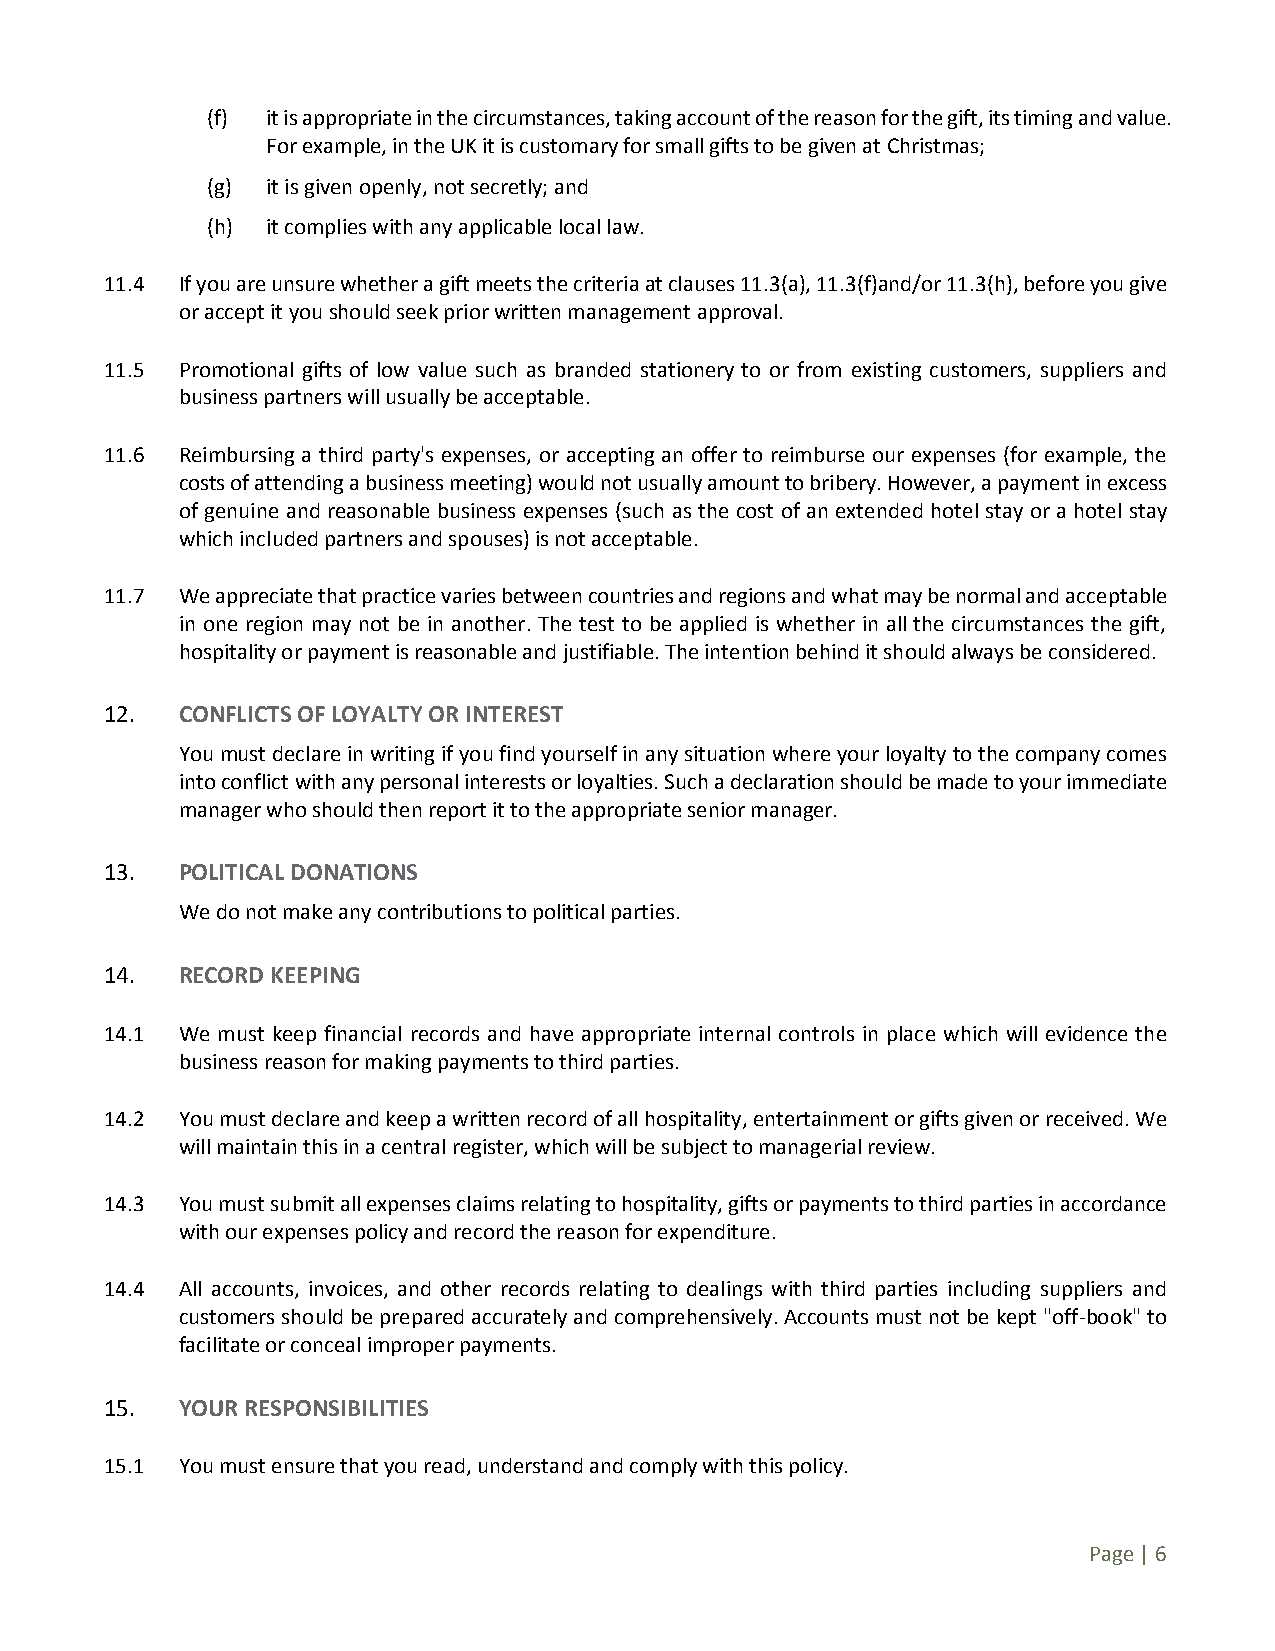
(f) it is appropriate in the circumstances, taking account of the reason for the gift, its timing and value.
 For example, in the UK it is customary for small gifts to be given at Christmas;
 (g) it is given openly, not secretly; and
 (h) it complies with any applicable local law.
 11.4 If you are unsure whether a gift meets the criteria at clauses 11.3(a), 11.3(f)and/or 11.3(h), before you give
 or accept it you should seek prior written management approval.
 11.5 Promotional gifts of low value such as branded stationery to or from existing customers, suppliers and
 business partners will usually be acceptable.
 11.6 Reimbursing a third party's expenses, or accepting an offer to reimburse our expenses (for example, the
 costs of attending a business meeting) would not usually amount to bribery. However, a payment in excess
 of genuine and reasonable business expenses (such as the cost of an extended hotel stay or a hotel stay
 which included partners and spouses) is not acceptable.
 11.7 We appreciate that practice varies between countries and regions and what may be normal and acceptable
 in one region may not be in another. The test to be applied is whether in all the circumstances the gift,
 hospitality or payment is reasonable and justifiable. The intention behind it should always be considered.
 12.  CONFLICTS OF LOYALTY OR INTEREST
 You must declare in writing if you find yourself in any situation where your loyalty to the company comes
 into conflict with any personal interests or loyalties. Such a declaration should be made to your immediate
 manager who should then report it to the appropriate senior manager.
 13.  POLITICAL DONATIONS
 We do not make any contributions to political parties.
 14.  RECORD KEEPING
 14.1 We must keep financial records and have appropriate internal controls in place which will evidence the
 business reason for making payments to third parties.
 14.2 You must declare and keep a written record of all hospitality, entertainment or gifts given or received. We
 will maintain this in a central register, which will be subject to managerial review.
 14.3 You must submit all expenses claims relating to hospitality, gifts or payments to third parties in accordance
 with our expenses policy and record the reason for expenditure.
 14.4 All accounts, invoices, and other records relating to dealings with third parties including suppliers and
 customers should be prepared accurately and comprehensively. Accounts must not be kept "off-book" to
 facilitate or conceal improper payments.
 15.  YOUR RESPONSIBILITIES
 15.1 You must ensure that you read, understand and comply with this policy.
 Page | 6